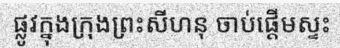
ផ្លូវក្នុងក្រុងព្រះសីហនុ ចាប់ផ្តើមស្ទះ